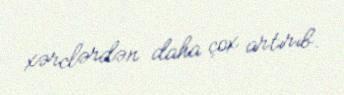
xərclərdən daha çox artırıb.